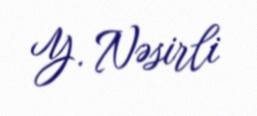
Y. Nəsirli